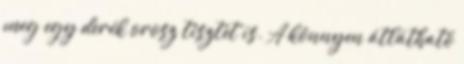
meg egy derék orosz tisztet is. A könnyen átlátható